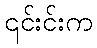
၎င်းင်းက